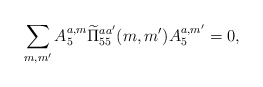
\begin{align*}\sum_{m,m'} A^{a,m}_5\widetilde\Pi^{aa'}_{55}(m,m')A^{a,m'}_5=0,\end{align*}